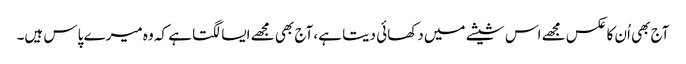
آج بھی اُن کا عکس مجھے اس شیشے میں دکھائی دیتا ہے، آج بھی مجھے ایسا لگتا ہے کہ وہ میرے پاس ہیں۔